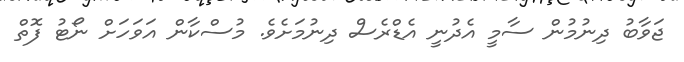
ޖަވާބު ދިނުމުން ސާމީ އެދުނީ އެޑްރެސް ދިނުމަށެވެ. މުސްކާން އަވަހަށް ނޯޓު ފޮތް